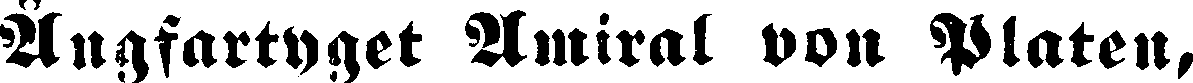
Ångfartyget Amiral von Platen,